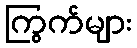
ကြွက်များ